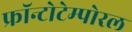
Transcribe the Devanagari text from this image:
फ्रॉन्टोटेम्पोरल